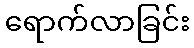
ရောက်လာခြင်း